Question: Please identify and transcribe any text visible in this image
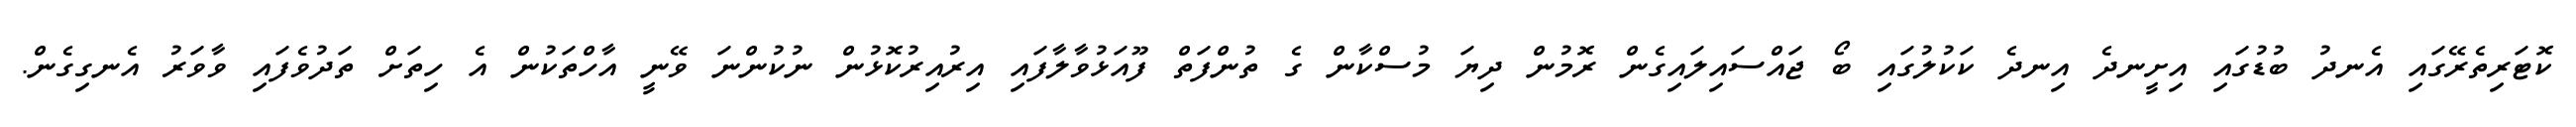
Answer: ކޮޓަރިތެރޭގައި އެނދު ބުޑުގައި އިށީނދެ އިނދެ ކަކުލުގައި ބޯ ޖައްސައިލައިގެން ރޮމުން ދިޔަ މުސްކާން ގެ ތުންފަތް ފޫއަޅުވާލާފައި އިރުއިރުކޮޅުން ނުކުންނަ ވޭނީ އާހްތަކުން އެ ހިތަށް ތަދުވެފައި ވާވަރު އެނގިގެން.